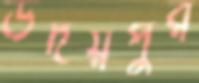
উদয়পুর